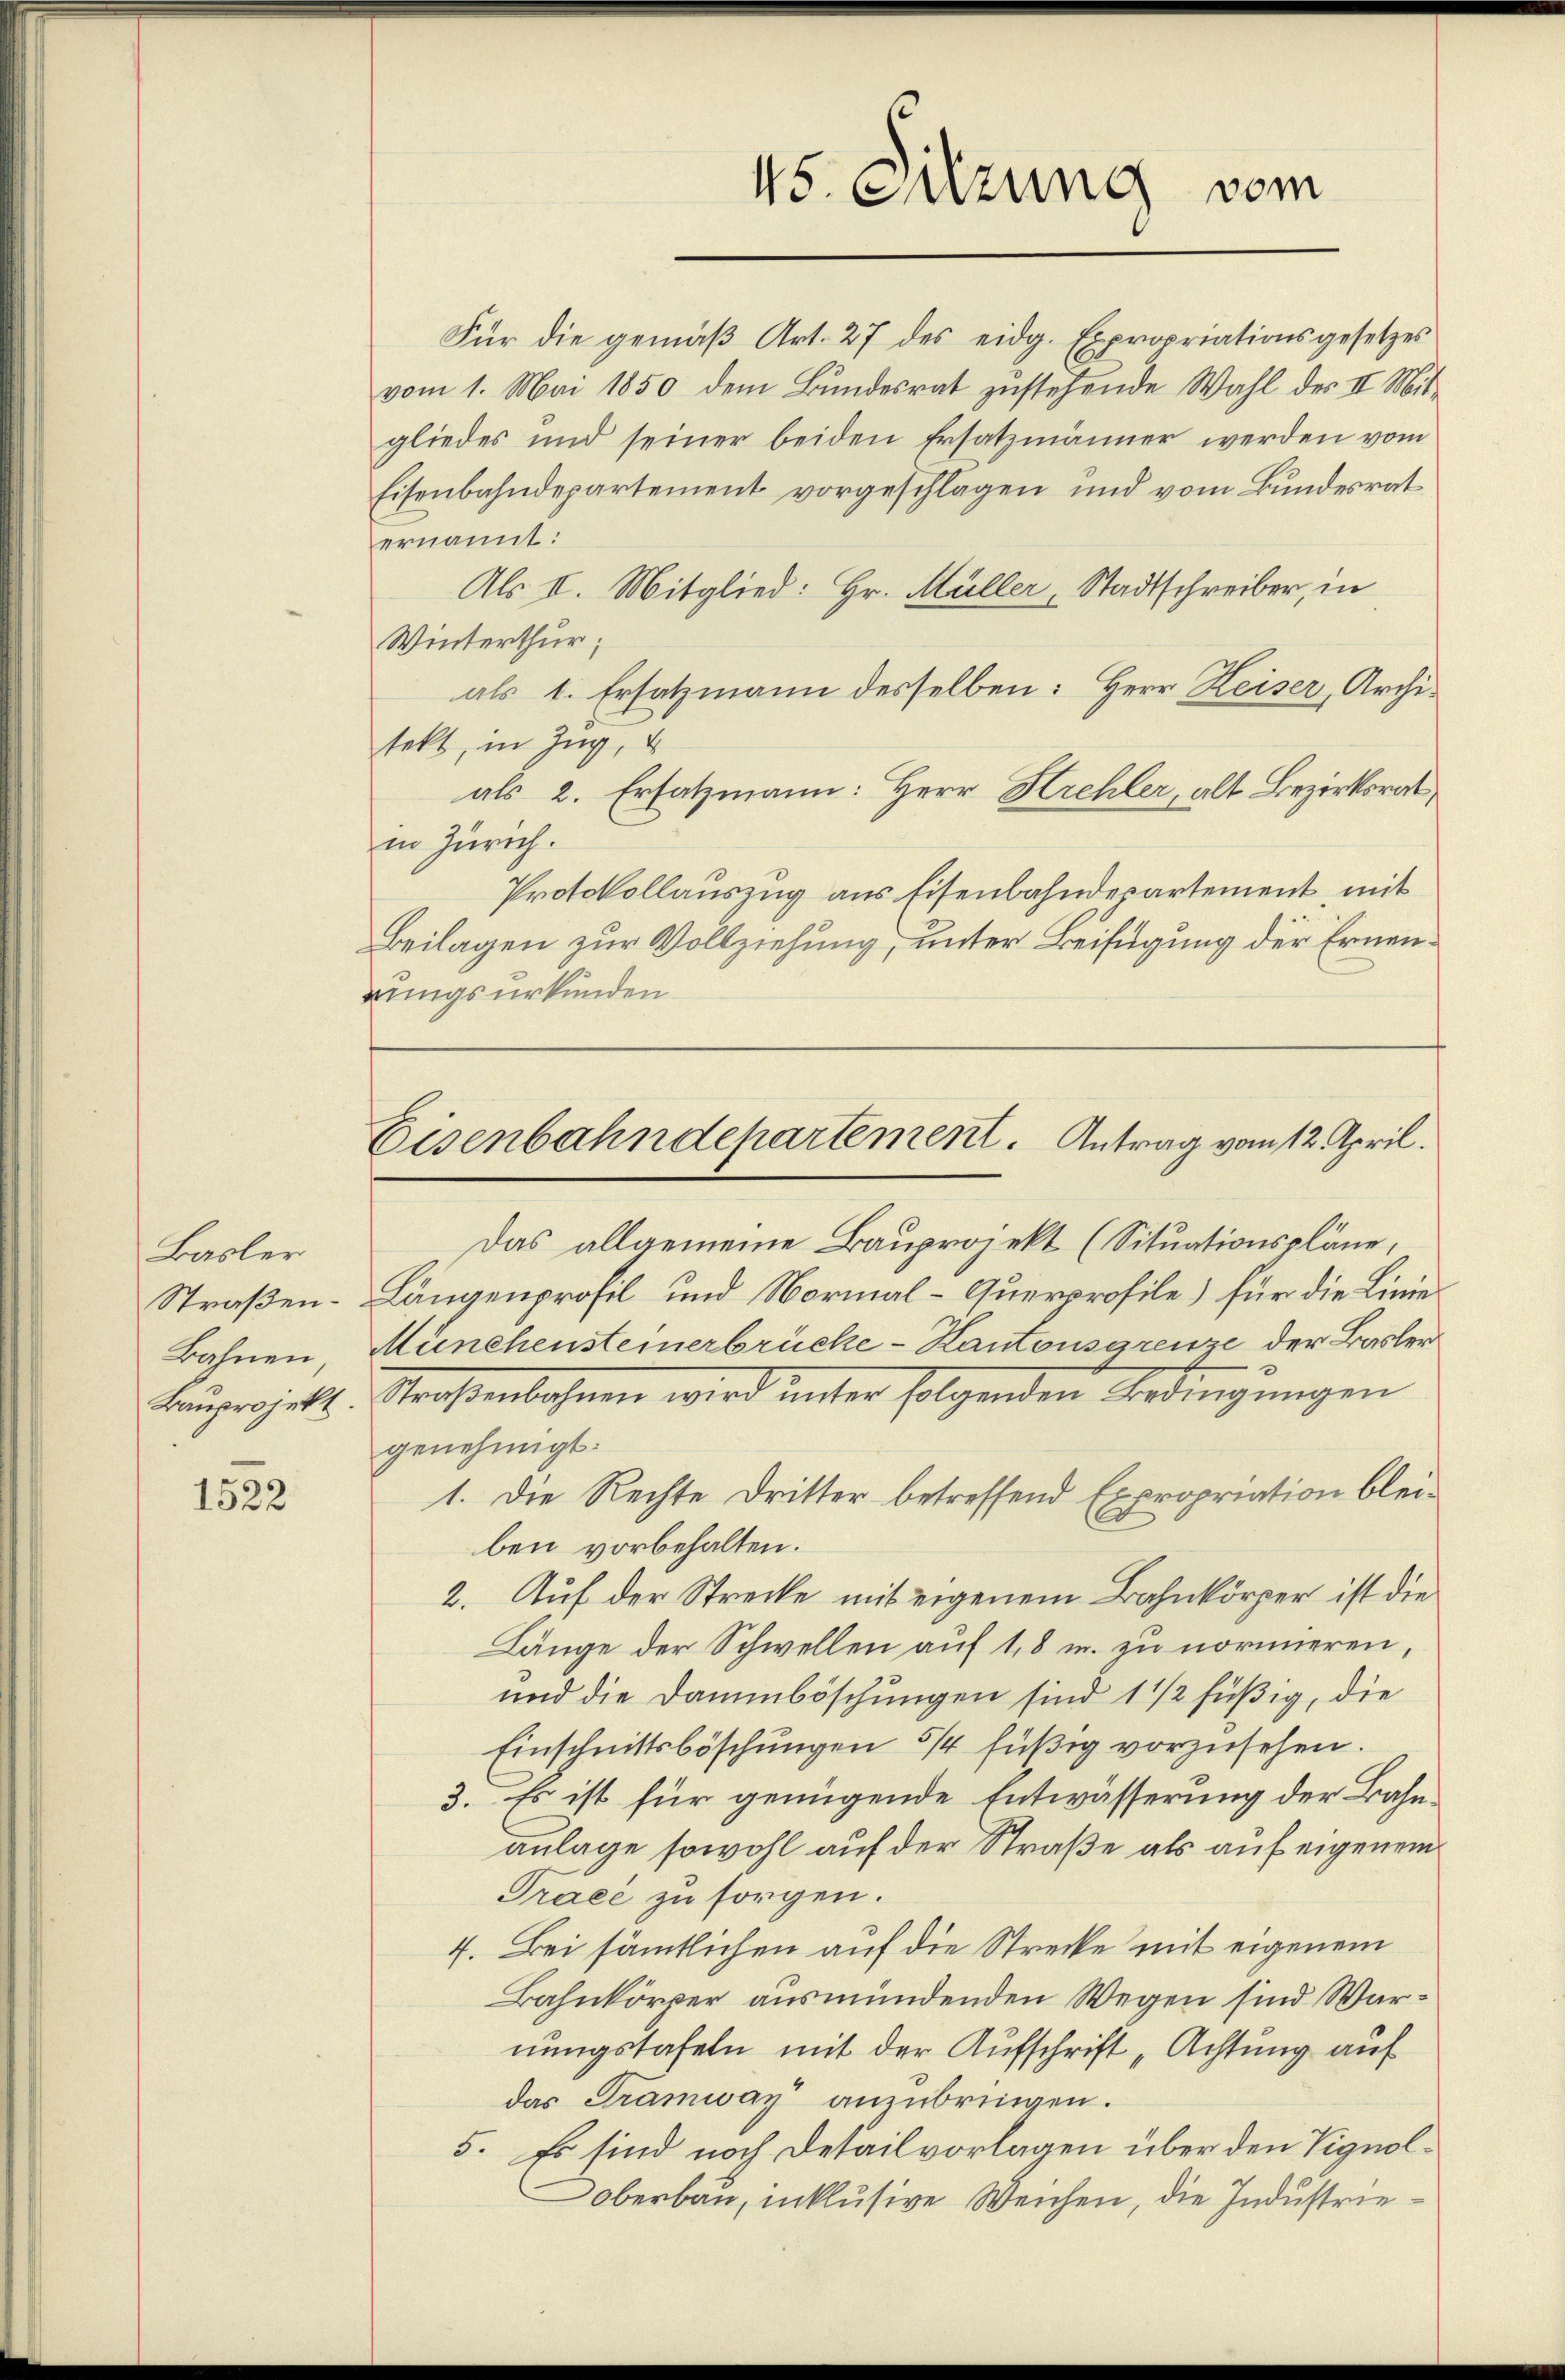
Basler
Bahnen
Bauprojekt.

1522

Für die gemäβ Art. 27 des eidg. Expropriationsgesetzes
vom 1. Mai 1850 dem Bundesrat zustehende Wahl des II. Mit-
gliedes und seiner beiden Ersatzmänner werden vom
Eisenbahndepartement vorgeschlagen und vom Bundesrat
ernannt:
Als II. Mitglied: Hr. Müller "Stadtschreiber, in
Winterthur;
als 1. Ersatzmann desselben: Herr Keiser, Architekt, in Zug,
als 2. Ersatzmann: Herr Hrehler, alt Bezirksrat
in Zürich.
Protokollauszug aus Eisenbahndepartement, mit
Beilagen zur Vollziehung, unter Beifügung der Ernenrungsurkunden

45. Sitzung vom

Eisenbahndepartement. Antrag vom 12. April.

Das allgemeine Bauprojekt (Situationspläne,
Straßen- Längenprofil und Normal-Querprofile) für die Linie¬
Münchensteinerbrücke-Kantonsgrenze der Basler
Straßenbahnen wird unter folgenden Ordingŭngen
genehmigt.
1. Die Rechte Dritter betreffend Expropriation bleiben vorbehalten.
2. Auf der Strecke mit eigenem Bahnkörper ist die
Länge der Schwellen auf 1,8 m. zu normieren,
und die Dammböschungen sind 1 1/2 füßig, die
Einschnittsböschungen 5/4 füßig vorzusehen.
3. Es ist für genügende Entwässerung der Bahnanlage sowohl auf der Straße als auf eigenem
Tracé zu sorgen.
7. Bei sämmtlichen auf die Strecke mit eigenem
Bahnkörper ausmündenden Wegen sind Warnungstafeln mit der Aufschrift „Achtung auf
das Tramway anzubringen.
5. Es sind noch Detailvorlagen über den Vignol¬
Oberbau, inklusive Weichen, die Industrie¬